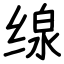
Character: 缐